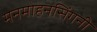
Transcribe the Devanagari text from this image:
मनमोहनसिंगनी